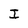
Character: I